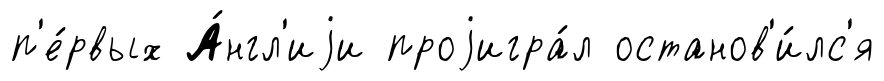
п'е́рвых А́нгл'иjи проjигра́л останов'и́лс'я